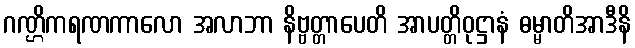
ဂဏ္ဌိကရဏကာလော အလာဘာ နိဗ္ဗတ္တာပေတိ အာပတ္တိဝုဋ္ဌာနံ ဓမ္မာတိအာဒီနိ